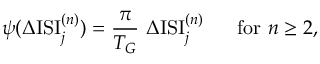
\psi ( \Delta \mathrm { I S I } _ { j } ^ { ( n ) } ) = \frac { \pi } { T _ { G } } ~ \Delta \mathrm { I S I } _ { j } ^ { ( n ) } ~ ~ ~ ~ ~ \mathrm { f o r } ~ n \geq 2 ,